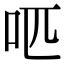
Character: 𠯔